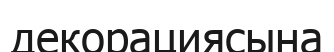
декорациясына